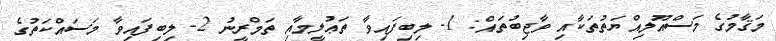
މަޤާމުގެ މަސްއޫލިއްޔަތުތަކާއި ވާޖިބުތައް: 1- ލިބިފައިވާ ތަޢުލީމާއި ތަމްރީނު 2- ލިބިފައިވާ މަސައްކަތުގެ